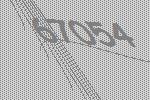
67054